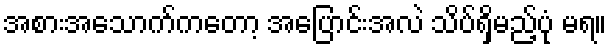
အစားအသောက်ကတော့ အပြောင်းအလဲ သိပ်ရှိမည့်ပုံ မရ။